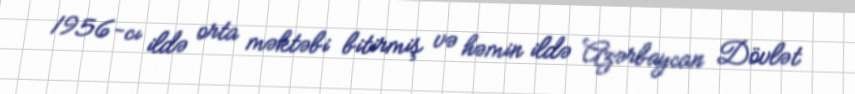
1956-cı ildə orta məktəbi bitirmiş və həmin ildə Azərbaycan Dövlət